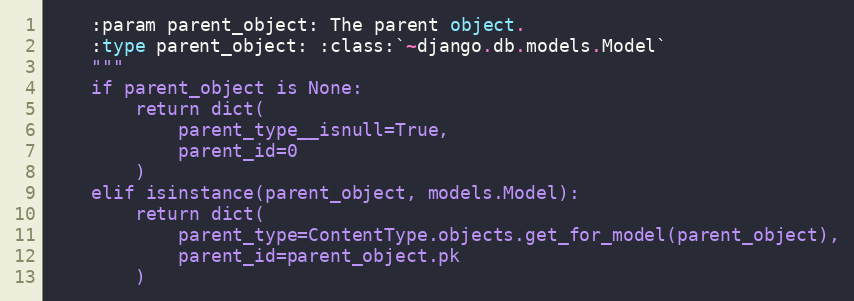
Language: Python
    :param parent_object: The parent object.
    :type parent_object: :class:`~django.db.models.Model`
    """
    if parent_object is None:
        return dict(
            parent_type__isnull=True,
            parent_id=0
        )
    elif isinstance(parent_object, models.Model):
        return dict(
            parent_type=ContentType.objects.get_for_model(parent_object),
            parent_id=parent_object.pk
        )